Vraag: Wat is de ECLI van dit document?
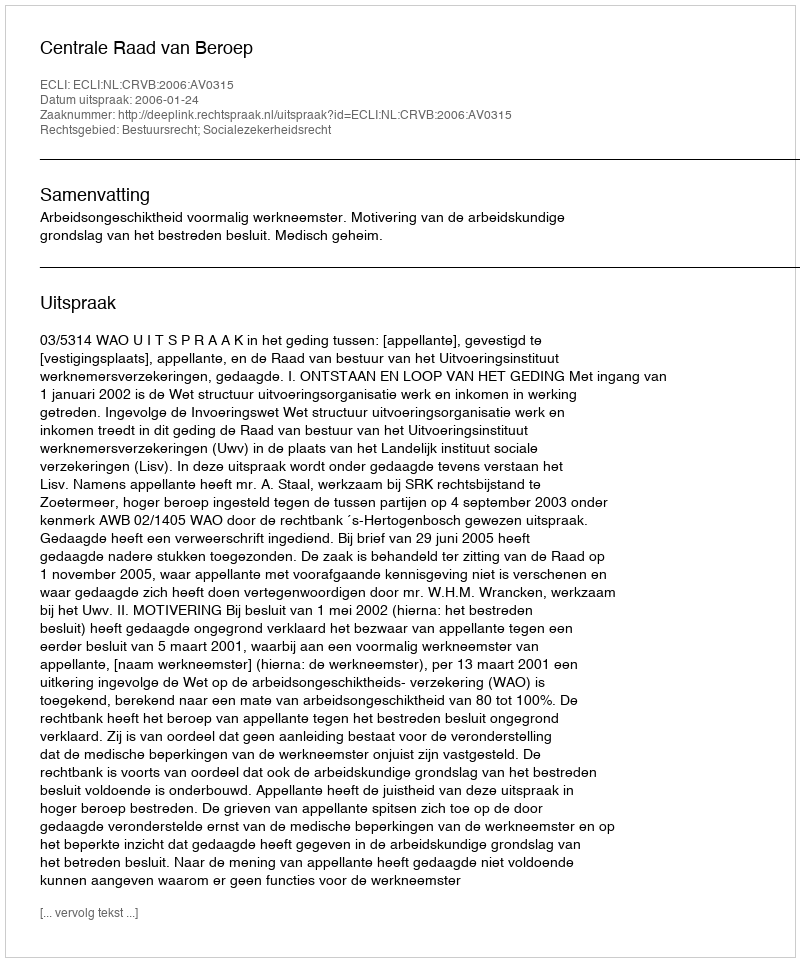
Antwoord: ECLI:NL:CRVB:2006:AV0315